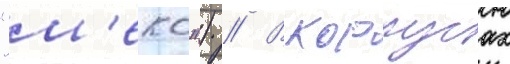
"м'еко") // В корпусах